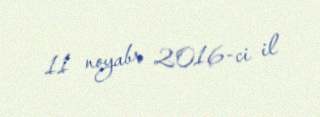
11 noyabr 2016-ci il